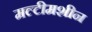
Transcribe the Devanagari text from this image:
मल्टीमशीन